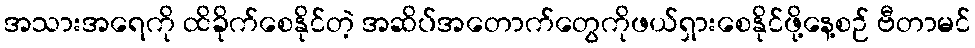
အသားအရေကို ထိခိုက်စေနိုင်တဲ့ အဆိပ်အတောက်တွေကိုဖယ်ရှားစေနိုင်ဖို့နေ့စဉ် ဗီတာမင်